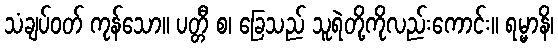
သံချပ်ဝတ် ကုန်သော။ ပတ္တီ စ၊ ခြေသည် သူရဲတို့ကိုလည်းကောင်း။ ရမ္မာနိ၊